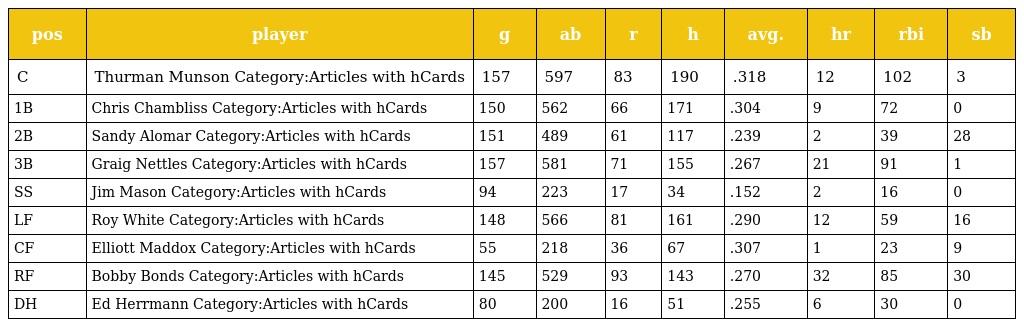
| pos | player | g | ab | r | h | avg. | hr | rbi | sb |
 | --- | --- | --- | --- | --- | --- | --- | --- | --- | --- |
 | C | Thurman Munson Category:Articles with hCards | 157 | 597 | 83 | 190 | .318 | 12 | 102 | 3 |
 | 1B | Chris Chambliss Category:Articles with hCards | 150 | 562 | 66 | 171 | .304 | 9 | 72 | 0 |
 | 2B | Sandy Alomar Category:Articles with hCards | 151 | 489 | 61 | 117 | .239 | 2 | 39 | 28 |
 | 3B | Graig Nettles Category:Articles with hCards | 157 | 581 | 71 | 155 | .267 | 21 | 91 | 1 |
 | SS | Jim Mason Category:Articles with hCards | 94 | 223 | 17 | 34 | .152 | 2 | 16 | 0 |
 | LF | Roy White Category:Articles with hCards | 148 | 566 | 81 | 161 | .290 | 12 | 59 | 16 |
 | CF | Elliott Maddox Category:Articles with hCards | 55 | 218 | 36 | 67 | .307 | 1 | 23 | 9 |
 | RF | Bobby Bonds Category:Articles with hCards | 145 | 529 | 93 | 143 | .270 | 32 | 85 | 30 |
 | DH | Ed Herrmann Category:Articles with hCards | 80 | 200 | 16 | 51 | .255 | 6 | 30 | 0 |